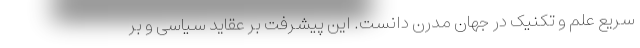
سریع علم و تکنیک در جهان مدرن دانست. این پیشرفت بر عقاید سیاسی و بر